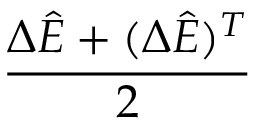
\frac { \Delta \hat { E } + ( \Delta \hat { E } ) ^ { T } } { 2 }